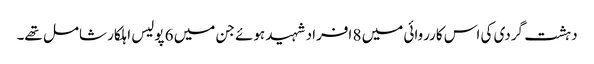
دہشت گردی کی اس کارروائی میں 8 افراد شہید ہوئے جن میں 6 پولیس اہلکار شامل تھے۔